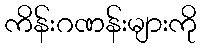
ကိန်းဂဏန်းများကို